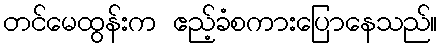
တင်မေထွန်းက ဧည့်ခံစကားပြောနေသည်။